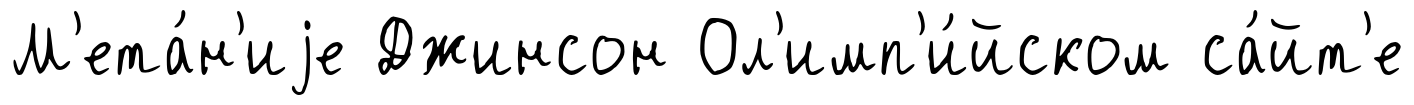
М'ета́н'иjе Джинсон Ол'имп'и́йском са́йт'е